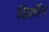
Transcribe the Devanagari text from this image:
डिल्लॉन